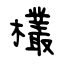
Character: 欉